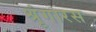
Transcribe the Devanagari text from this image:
श्रृंगारस